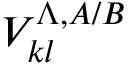
V _ { k l } ^ { \Lambda , A / B }